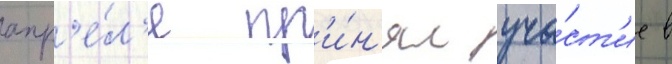
апр'е́л'я пр'и́н'ял уча́ст'ие в